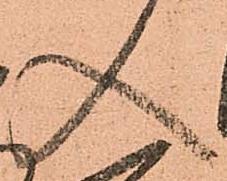
入